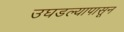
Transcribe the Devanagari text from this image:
उघडल्यापासून